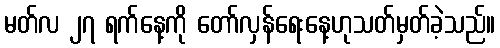
မတ်လ ၂၇ ရက်နေ့ကို တော်လှန်ရေးနေ့ဟုသတ်မှတ်ခဲ့သည်။